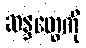
ဆန္ဒတွေကို